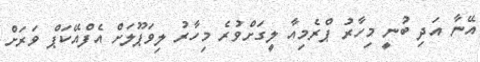
އޭނާ އަދި ބުނީ މިހާރު ޕްރެމިއާ ލީގަށްވުރެ މިހާރު ލިވަޕޫލަށް އެފްއޭކަޕް ވަރަށް